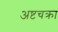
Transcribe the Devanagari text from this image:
अष्टचक्रा